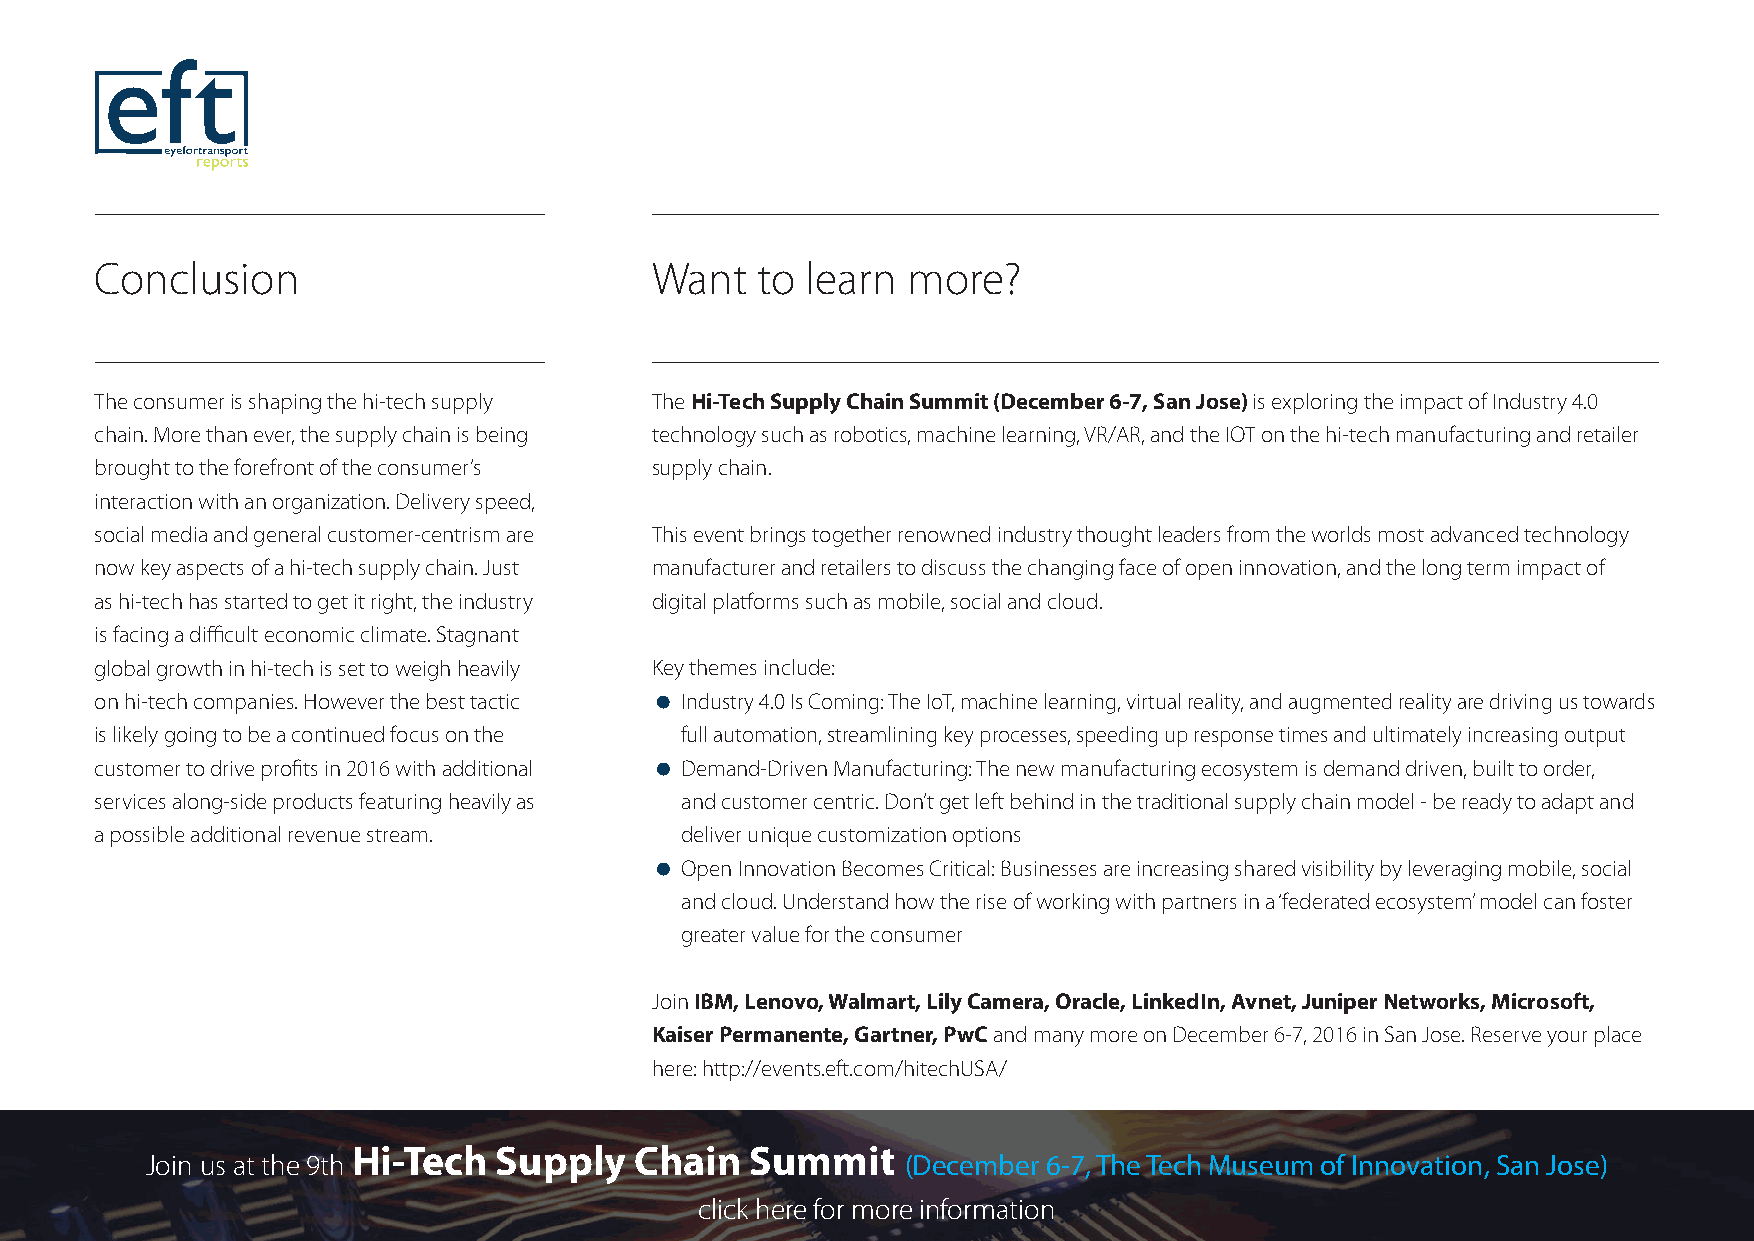
Conclusion                           Want   to learn  more?
 The consumer is shaping the hi-tech supply The Hi-Tech Supply Chain Summit (December 6-7, San Jose) is exploring the impact of Industry 4.0
 chain. More than ever, the supply chain is being technology such as robotics, machine learning, VR/AR, and the IOT on the hi-tech manufacturing and retailer
 brought to the forefront of the consumer’s supply chain.
 interaction with an organization. Delivery speed,
 social media and general customer-centrism are This event brings together renowned industry thought leaders from the worlds most advanced technology
 now key aspects of a hi-tech supply chain. Just manufacturer and retailers to discuss the changing face of open innovation, and the long term impact of
 as hi-tech has started to get it right, the industry digital platforms such as mobile, social and cloud.
 is facing a difficult economic climate. Stagnant
 global growth in hi-tech is set to weigh heavily Key themes include:
 on hi-tech companies. However the best tactic Industry 4.0 Is Coming: The IoT, machine learning, virtual reality, and augmented reality are driving us towards
 is likely going to be a continued focus on the full automation, streamlining key processes, speeding up response times and ultimately increasing output
 customer to drive profits in 2016 with additional Demand-Driven Manufacturing: The new manufacturing ecosystem is demand driven, built to order,
 services along-side products featuring heavily as and customer centric. Don’t get left behind in the traditional supply chain model - be ready to adapt and
 a possible additional revenue stream.  deliver unique customization options
 Open Innovation Becomes Critical: Businesses are increasing shared visibility by leveraging mobile, social
 and cloud. Understand how the rise of working with partners in a ‘federated ecosystem’ model can foster
 greater value for the consumer
 Join IBM, Lenovo, Walmart, Lily Camera, Oracle, LinkedIn, Avnet, Juniper Networks, Microsoft,
 Kaiser Permanente, Gartner, PwC and many more on December 6-7, 2016 in San Jose. Reserve your place
 here: http://events.eft.com/hitechUSA/
 Hi-Tech   Supply   Chain   Summit
 Join us at the 9th                                (December 6-7, The Tech Museum of Innovation, San Jose)
 click here for more information
 http://events.eft.com/hitech/                           www.eft.com                                    18